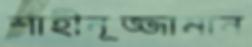
শাহীনূজ্জামান